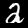
Digit: 2